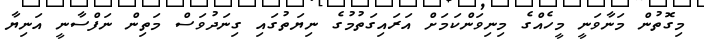
މިގޮތުން މަނާވަނީ މީހެއްގެ މިނިވަންކަމަށް އަރައިގަތުމުގެ ނިޔަތުގައި ގިނަދުވަސް މަތިން ނަފްސާނީ އަނިޔާ